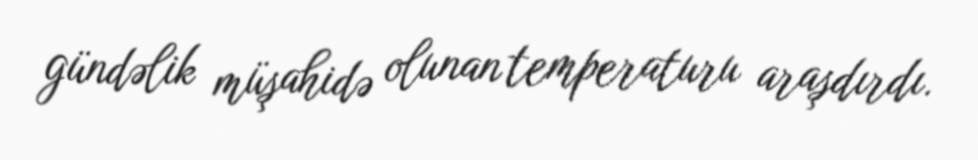
gündəlik müşahidə olunan temperaturu araşdırdı.